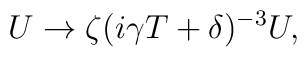
U \rightarrow \zeta(i\gamma T+\delta)^{-3} U,